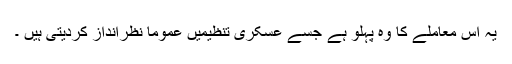
یہ اس معاملے کا وہ پہلو ہے جسے عسکری تنظیمیں عموماً نظرانداز کردیتی ہیں ۔